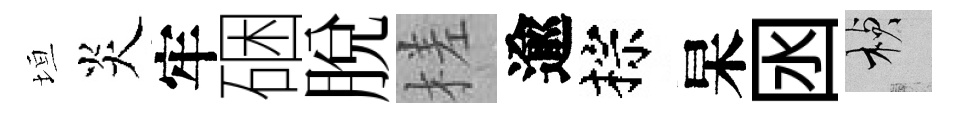
垣炎牢硱脱槎逾棕杲囦楨